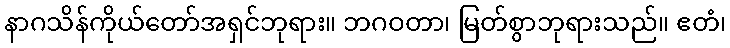
နာဂသိန်ကိုယ်တော်အရှင်ဘုရား။ ဘဂဝတာ၊ မြတ်စွာဘုရားသည်။ ဧတံ၊